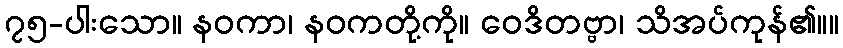
၇၅-ပါးသော။ နဝကာ၊ နဝကတို့ကို။ ဝေဒိတဗ္ဗာ၊ သိအပ်ကုန်၏။။